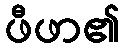
ဖီဖာ၏